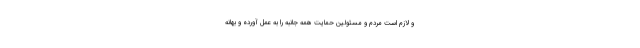
و لازم است مردم و مسئولین حمایت همه جانبه را به عمل آورده و بهانه